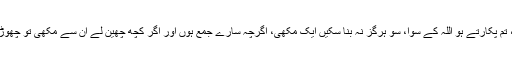
ایک مثل کہی جاتی ہے اس کو سنو، تم پکارتے ہو اللہ کے سوا، سو ہرگز نہ بنا سکیں ایک مکھی، اگرچہ سارے جمع ہوں اور اگر کچھ چھین لے ان سے مکھی تو چھوڑا نہ سکیں اسے، دونوں کمزور ہیں۔